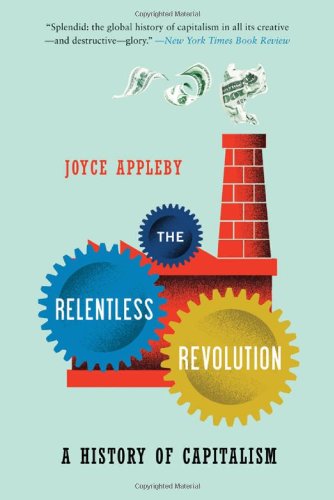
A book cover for The Relentless Revolution: A History of Capitalism (Norton Paperback); Joyce Appleby; Business & Money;